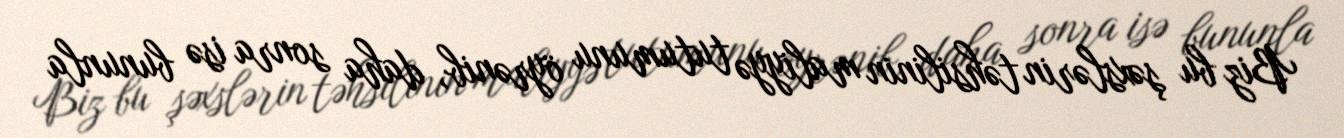
Biz bu şəxslərin təhsilinin maliyyə tutumunu öyrənib, daha sonra isə bununla